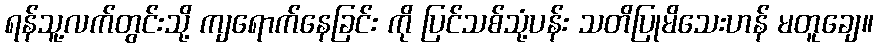
ရန်သူ့လက်တွင်းသို့ ကျရောက်နေခြင်း ကို ပြင်သစ်သုံ့ပန်း သတိပြုမိသေးဟန် မတူချေ။